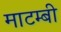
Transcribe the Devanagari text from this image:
माटम्बी